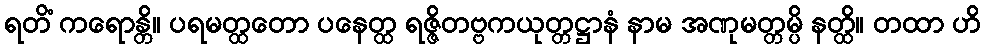
ရတိံ ကရောန္တိ။ ပရမတ္ထတော ပနေတ္ထ ရဇ္ဇိတဗ္ဗကယုတ္တဋ္ဌာနံ နာမ အဏုမတ္တမ္ပိ နတ္ထိ။ တထာ ဟိ